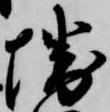
堺